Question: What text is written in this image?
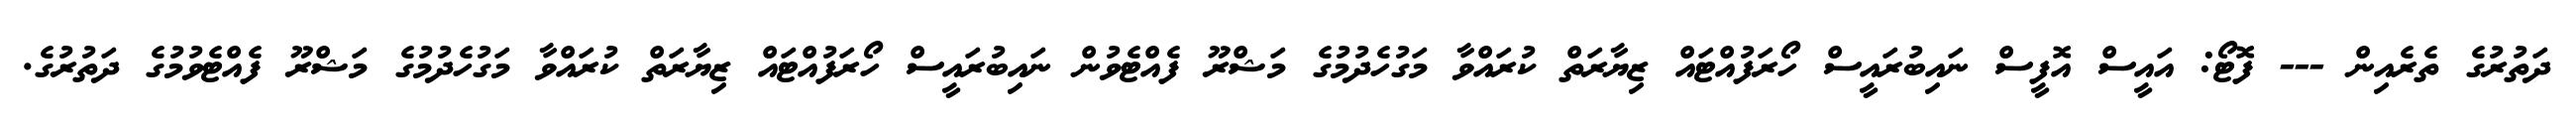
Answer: ދަތުރުގެ ތެރެއިން --- ފޮޓޯ: އައީސް އޮފީސް ނައިބުރައީސް ހޯރަފުއްޓައް ޒިޔާރަތް ކުރައްވާ މަގުހެދުމުގެ މަޝްރޫ ފެއްޓެވުން ނައިބުރައީސް ހޯރަފުއްޓައް ޒިޔާރަތް ކުރައްވާ މަގުހެދުމުގެ މަޝްރޫ ފެއްޓެވުމުގެ ދަތުރުގެ.